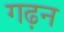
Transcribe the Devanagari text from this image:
गढ़न